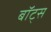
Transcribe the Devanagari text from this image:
बॉट्स